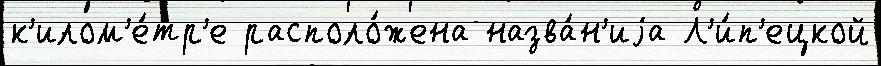
к'илом'е́тр'е располо́жена назва́н'иjа Л'и́п'ецкой